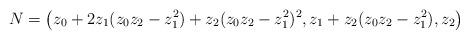
LaTeX: \begin{align*}N=\big(z_0+2z_1(z_0z_2-z_1^2)+z_2(z_0z_2-z_1^2)^2,z_1+z_2(z_0z_2-z_1^2),z_2\big)\end{align*}